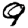
Digit: 9